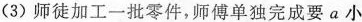
(3)师徒加工一批零件，师傅单独完成要a小